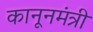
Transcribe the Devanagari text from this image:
कानूनमंत्री